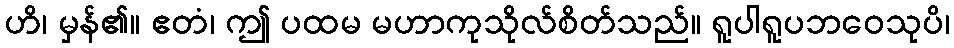
ဟိ၊ မှန်၏။ ဧတံ၊ ဤ ပထမ မဟာကုသိုလ်စိတ်သည်။ ရူပါရူပဘဝေသုပိ၊